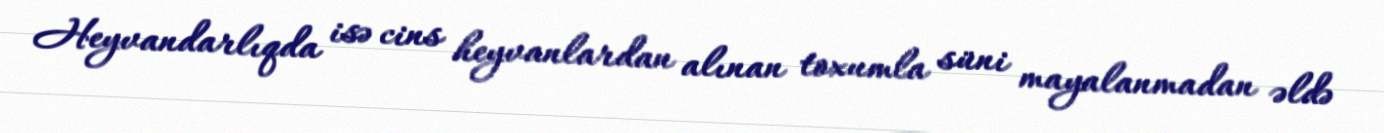
Heyvandarlıqda isə cins heyvanlardan alınan toxumla süni mayalanmadan əldə